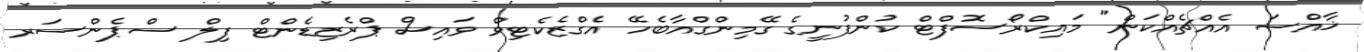
ޚާއްސަ އެއްޗެއްކަން" މައިކްރޯސޮފްޓް ކުންފުނީގެ ގޭމިންގްއާބެހޭ އެގްޒެކެޓިވް ވައިސް ޕްރެޒިޑެންޓް ފިލް ސްޕެންސަރ